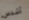
أشخاص